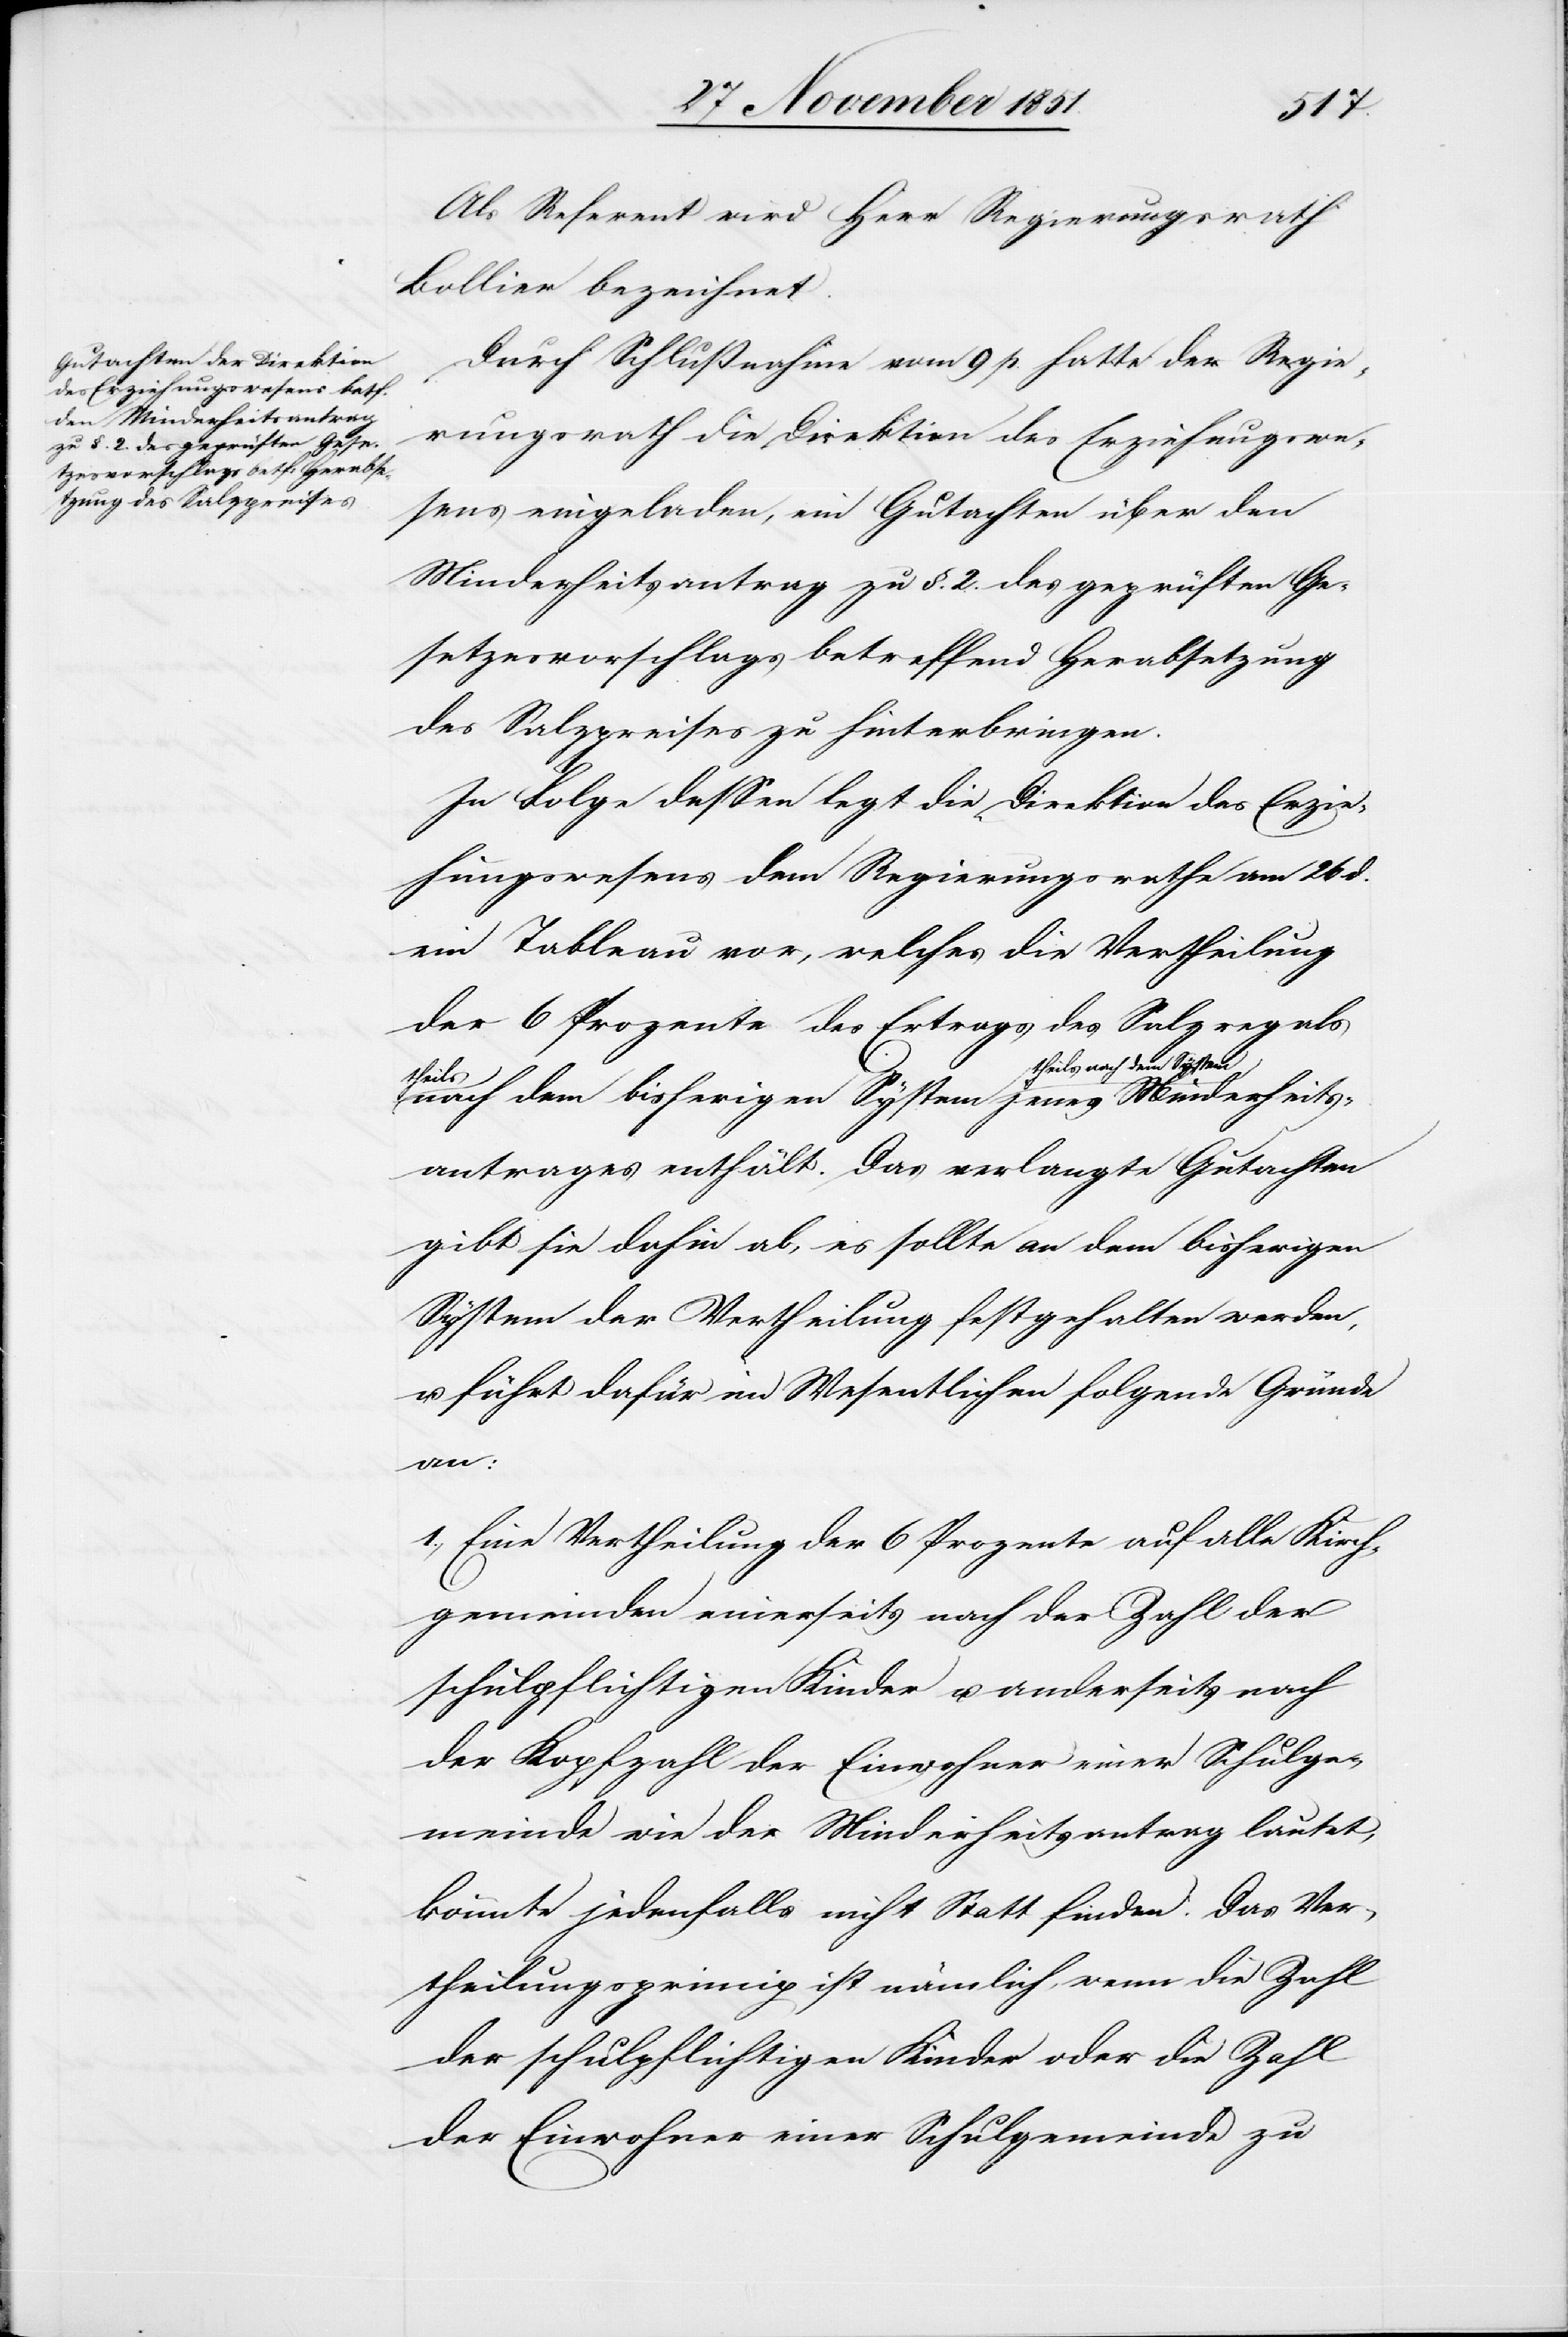
Als Referent wird Herr Regierungsrath
Bollier bezeichnet.
Durch Schlußnahme vom 9 p. hatte der Regie¬
rungsrath die Direktion des Erziehungswe¬
sens eingeladen, ein Gutachten über den
Minderheitsantrag zu §. 2. des geprüften Ge¬
setzesvorschlags betreffend Herabsetzung
des Salzpreises zu hinterbringen.
In Folge dessen legt die Direktion des Erzie¬
hungswesens dem Regierungsrathe am 26 d.
ein Tableau vor, welches die Vertheilung
der 6 Prozente des Ertrags des Salzregals
theils nach dem System
rheits¬
antrages enthält. Das verlangte Gutachten
gibt sie dahin ab, es sollte an dem bisherigen
System der Vertheilung festgehalten werden,
u. führt dafür im Wesentlichen folgende Gründe
an:
1., Eine Vertheilung der 6 Prozente auf alle Kirch¬
gemeinden einerseits nach der Zahl der
schulpflichtigen Kinder u. anderseits nach
der Kopfzahl der Einwohner einer Schulge¬
meinde wie der Minderheitsantrag lautet,
könnte jedenfalls nicht Statt finden. Das Ver¬
theilungsprincip ist nämlich, wenn die Zahl
der schulpflichtigen Kinder oder die Zahl
der Einwohner einer Schulgemeinde zu